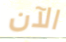
الآن